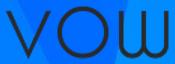
VOW